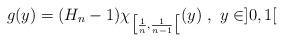
LaTeX: \begin{align*}g(y)=(H_n-1)\chi_{\big[\frac{1}{n},\frac{1}{n-1}\big[}(y)\ ,\ y\in ]0,1[ \end{align*}